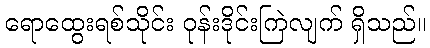
ရောထွေးရစ်သိုင်း ဝုန်းဒိုင်းကြဲလျက် ရှိသည်။